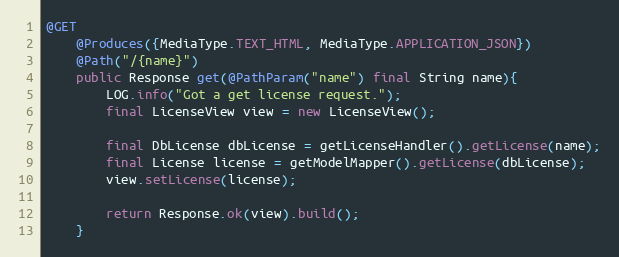
Language: Java
@GET
    @Produces({MediaType.TEXT_HTML, MediaType.APPLICATION_JSON})
    @Path("/{name}")
    public Response get(@PathParam("name") final String name){
        LOG.info("Got a get license request.");
        final LicenseView view = new LicenseView();

        final DbLicense dbLicense = getLicenseHandler().getLicense(name);
        final License license = getModelMapper().getLicense(dbLicense);
        view.setLicense(license);

        return Response.ok(view).build();
    }